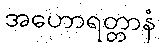
အဟောရတ္တာနံ